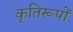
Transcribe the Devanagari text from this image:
कृतिरूपों